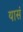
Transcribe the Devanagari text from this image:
यासं